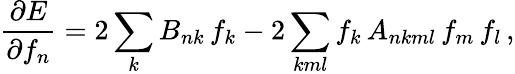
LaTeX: \frac{\partial E}{\partial f_{n}}=2\sum_{k}B_{nk}\, f_{k}-2\sum_{kml}f_{k}\, A_{nkml}\, f_{m}\, f_{l}\, ,